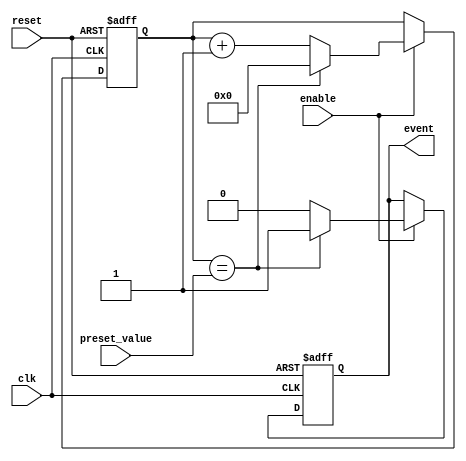
module event_timer (
    input clk,
    input reset,
    input enable,
    input [7:0] preset_value,
    output reg event
);

reg [7:0] counter;

always @ (posedge clk or posedge reset) begin
    if (reset) begin
        counter <= 8'b0;
        event <= 1'b0;
    end else if (enable) begin
        if (counter == preset_value) begin
            counter <= 8'b0;
            event <= 1'b1;
        end else begin
            counter <= counter + 1;
            event <= 1'b0;
        end
    end
end

endmodule